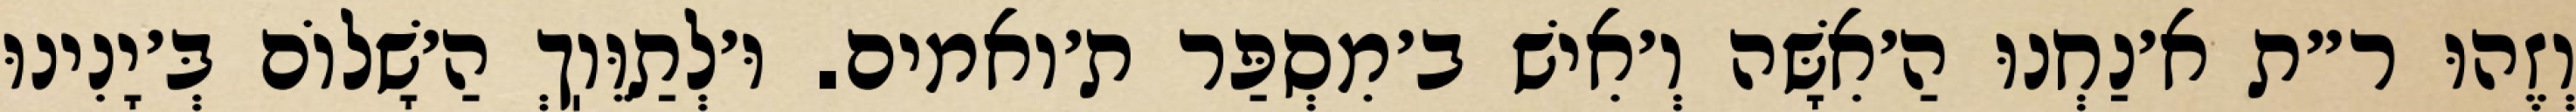
וְזֶהוּ ר״ת א׳נַחְנוּ הַ׳אִשָּׁה וְ׳אִישׁ ב׳מִסְפַּר ת׳ואמים. וּ׳לְתַוֵּוֽךְ הַ׳שָׁלוֹם בְּ׳יָנִינוּ